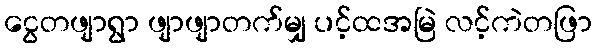
ငွေတဖျာရွာ ဖျာဖျာတက်မျှ ပင့်ထအမြဲ လင့်ကဲတဖြာ